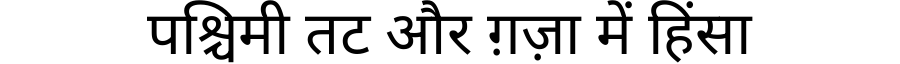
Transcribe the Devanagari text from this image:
पश्चिमी तट और ग़ज़ा में हिंसा